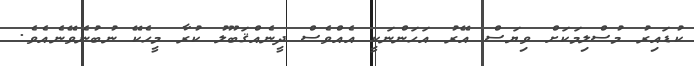
ކުޑައިރު މުސްލިމަކަށް ވިޔަސް އޭރު އަހަންނަކީ އެއްވެސް ދީނެއްޤަބޫލު ކުރާ މީހެކޭ ނުބުނެވޭނެއެވެ.